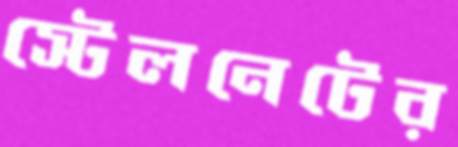
স্টেলনেটের